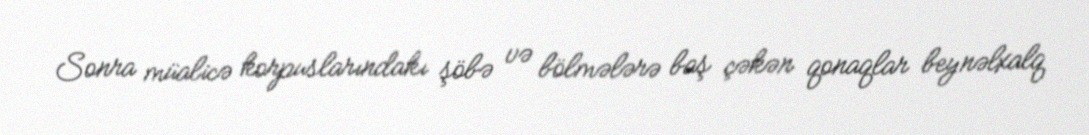
Sonra müalicə korpuslarındakı şöbə və bölmələrə baş çəkən qonaqlar beynəlxalq